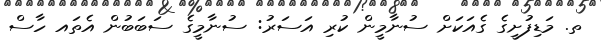
ތ. މަޑިފުށީގެ ގެއަކަށް ސުނާމީން ކުރި އަސަރު: ސުނާމީގެ ސަބަބުން އެތައ ހާސް